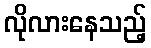
လိုလားနေသည့်